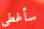
سأغطي